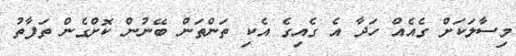
މިސާލަކަށް ގެއެއް ހަދާ އެ ގެއިގެ އެކި ތަންތަން ބޭނުން ކޮށްގެން ތަފާތު